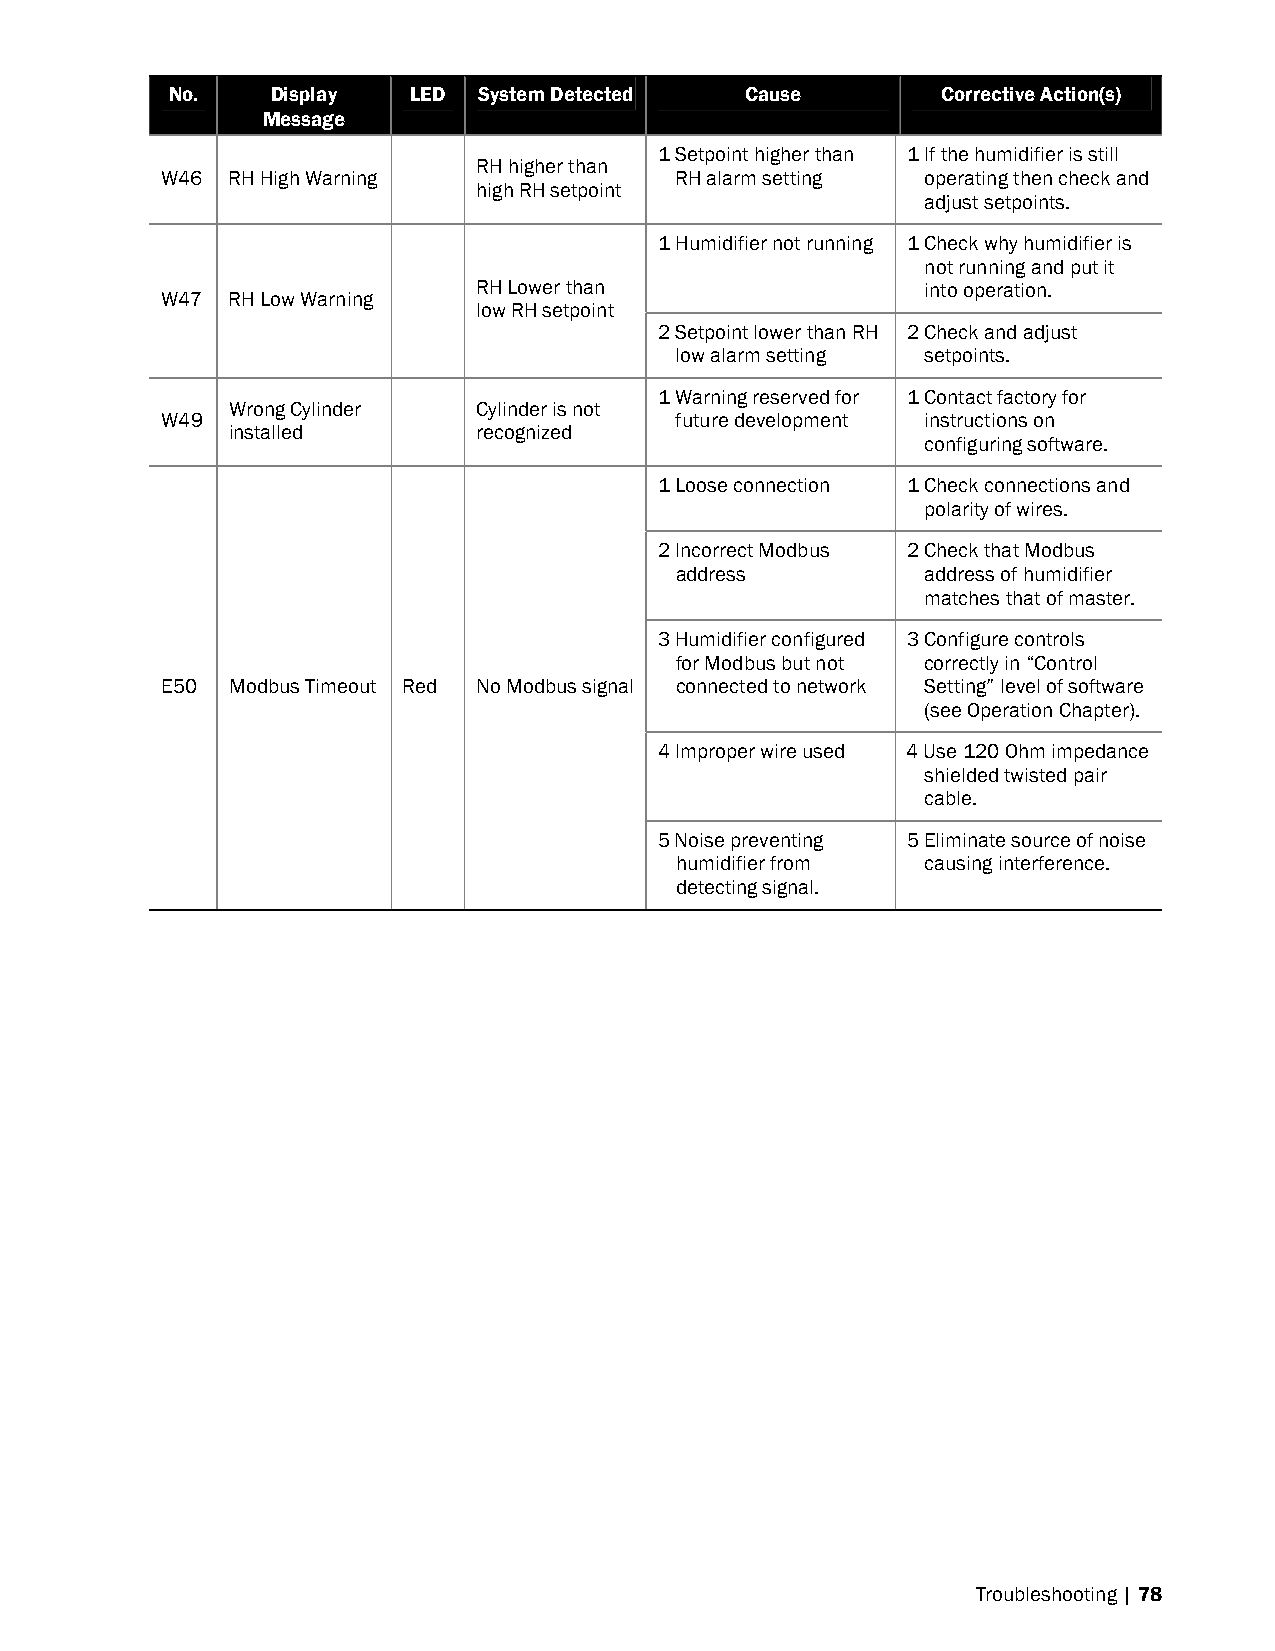
No.    Display  LED  System Detected  Cause        Corrective Action(s)
 Message
 1 Setpoint higher than 1 If the humidifier is still
 RH higher than
 W46 RH High Warning               RH alarm setting operating then check and
 high RH setpoint
 adjust setpoints.
 1 Humidifier not running 1 Check why humidifier is
 not running and put it
 RH Lower than                into operation.
 W47 RH Low Warning
 low RH setpoint
 2 Setpoint lower than RH 2 Check and adjust
 low alarm setting setpoints.
 1 Warning reserved for 1 Contact factory for
 Wrong Cylinder   Cylinder is not
 W49                               future development instructions on
 installed        recognized
 configuring software.
 1 Loose connection 1 Check connections and
 polarity of wires.
 2 Incorrect Modbus 2 Check that Modbus
 address         address of humidifier
 matches that of master.
 3 Humidifier configured 3 Configure controls
 for Modbus but not correctly in “Control
 E50 Modbus Timeout Red No Modbus signal connected to network Setting” level of software
 (see Operation Chapter).
 4 Improper wire used 4 Use 120 Ohm impedance
 shielded twisted pair
 cable.
 5 Noise preventing 5 Eliminate source of noise
 humidifier from causing interference.
 detecting signal.
 Troubleshooting | 78